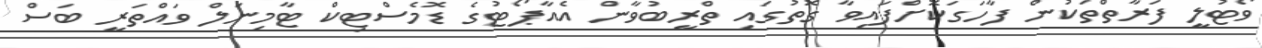
ވޯޓުލީ ފަރާތްތަކުން ފާހަގަކޮށްފައިވާ ގޮތުގައި ތްރީބުވާން އެއާޕޯޓުގެ ޑޮމެސްޓިކް ޓާމިނަލް ވައްތަރީ ބަސް